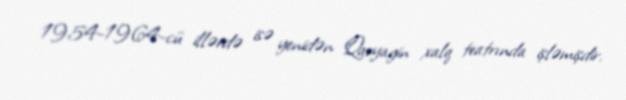
1954-1964-cü illərdə isə yenidən Qaryagin xalq teatrında işləmişdir.